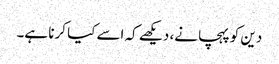
دین کو پہچانے، دیکھے کہ اسے کیا کرنا ہے۔